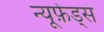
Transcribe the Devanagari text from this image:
न्यूफ़ेड्स